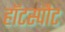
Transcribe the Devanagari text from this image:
हॉटस्‍पौट